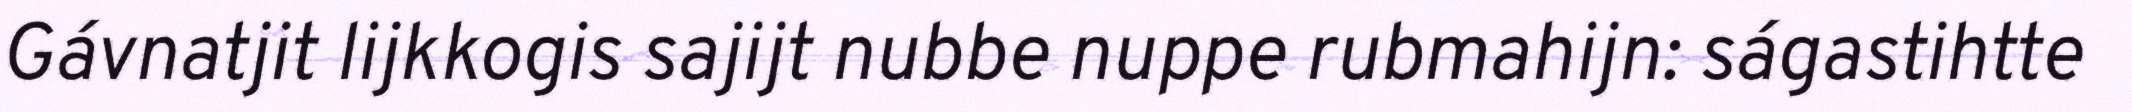
Gávnatjit lijkkogis sajijt nubbe nuppe rubmahijn: ságastihtte